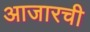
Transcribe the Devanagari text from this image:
आजारची